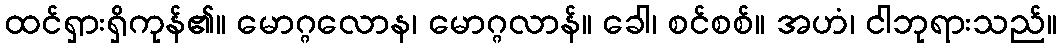
ထင်ရှားရှိကုန်၏။ မောဂ္ဂလောန၊ မောဂ္ဂလာန်။ ခေါ၊ စင်စစ်။ အဟံ၊ ငါဘုရားသည်။